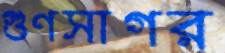
গুণসাগর